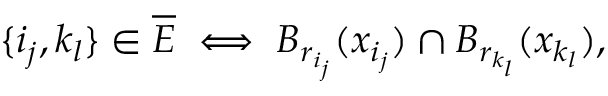
\{ i _ { j } , k _ { l } \} \in \overline { { E } } \iff B _ { r _ { i _ { j } } } ( x _ { i _ { j } } ) \cap B _ { r _ { k _ { l } } } ( x _ { k _ { l } } ) ,